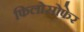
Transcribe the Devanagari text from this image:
फिलोसोफेर